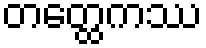
တတ္ထေကဿ